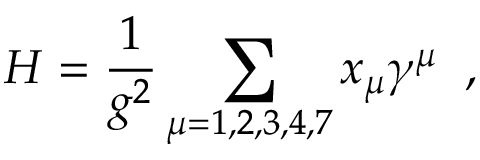
{ \cal H } = \frac { 1 } { g ^ { 2 } } \sum _ { \mu = 1 , 2 , 3 , 4 , 7 } x _ { \mu } \gamma ^ { \mu } \; \; ,